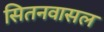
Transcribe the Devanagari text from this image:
सितनवासल